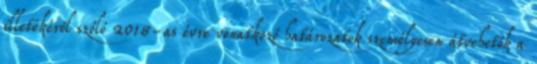
illetékéről szóló 2018-as évre vonatkozó határozatok személyesen átvehetők a